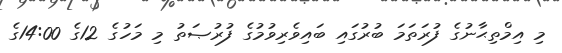
މި އިމްތިޙާނުގެ ފުރަތަމަ ބުރުގައި ބައިވެރިވުމުގެ ފުރުޞަތު މި މަހުގެ 12ގެ 14:00ގެ